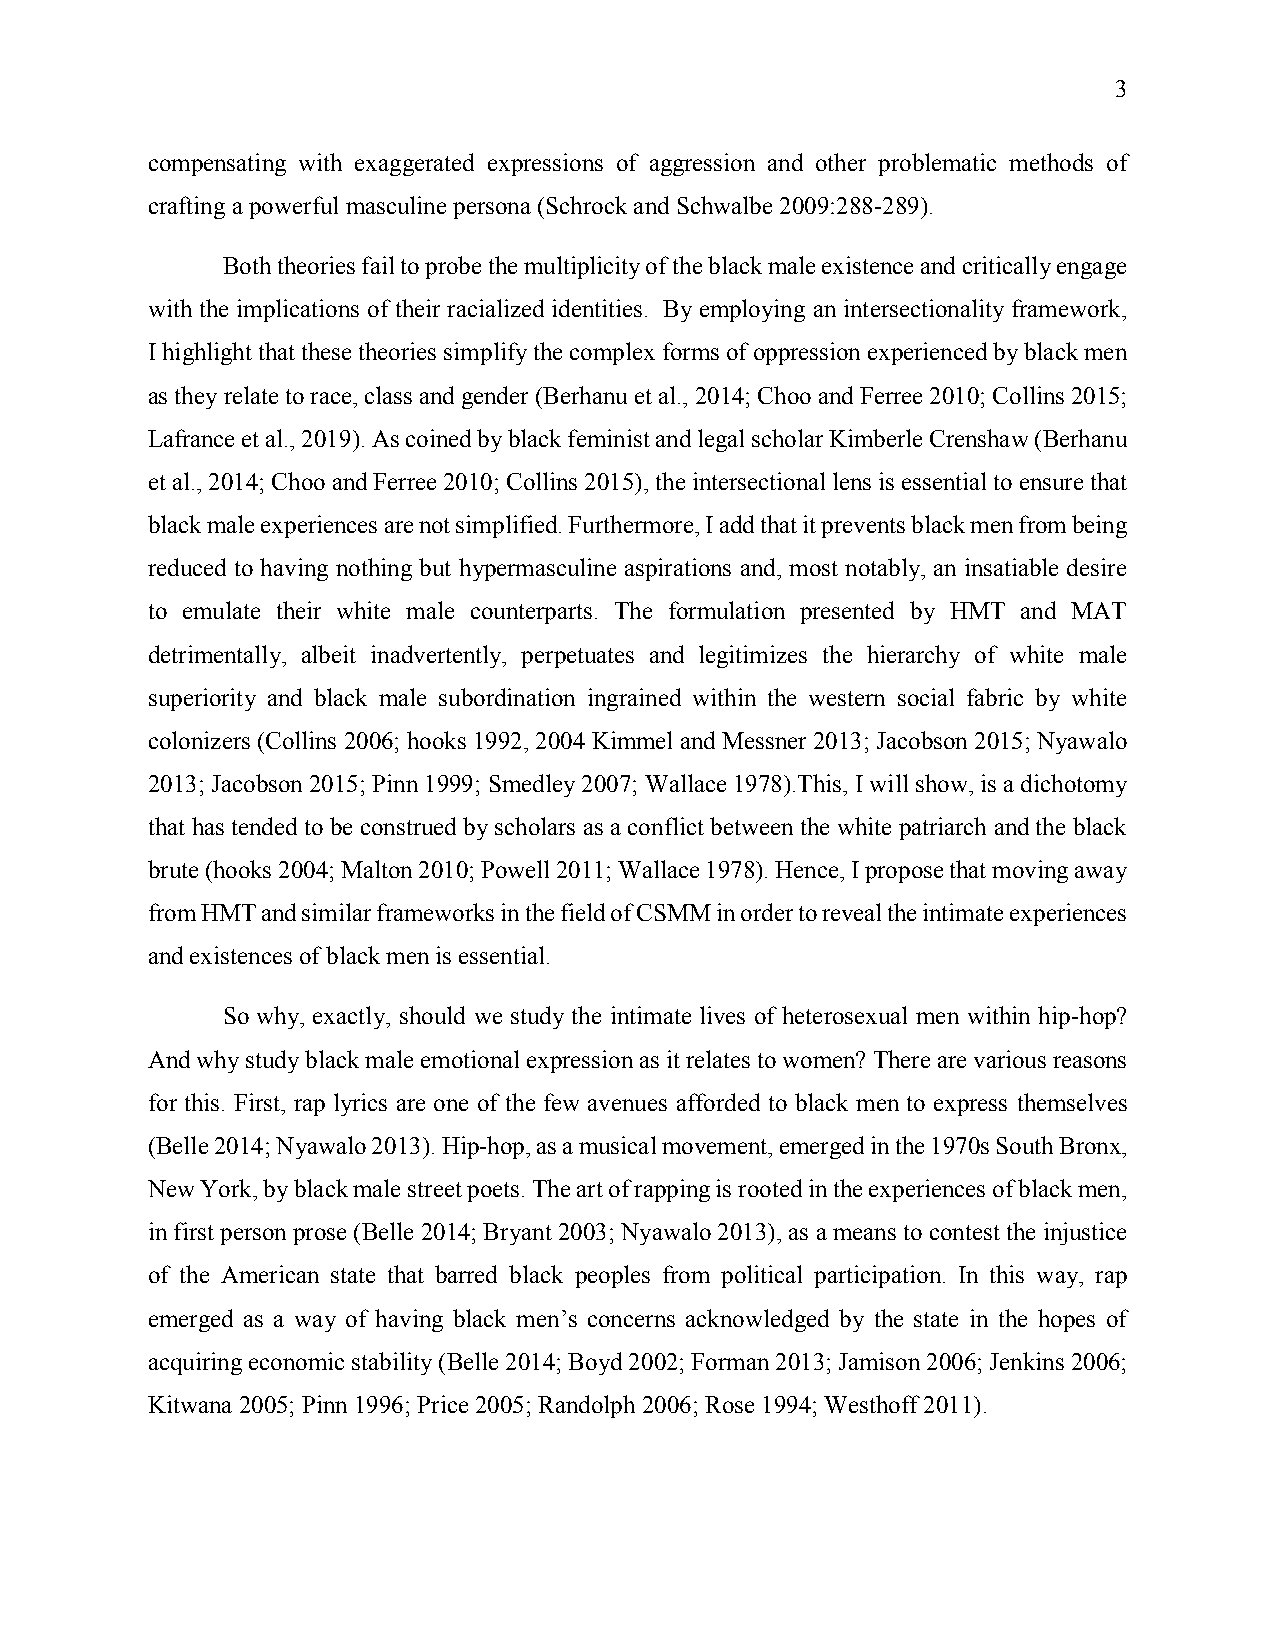
3
 compensating with exaggerated expressions of aggression and other problematic methods of
 crafting a powerful masculine persona (Schrock and Schwalbe 2009:288-289).
 Both theories fail to probe the multiplicity of the black male existence and critically engage
 with the implications of their racialized identities. By employing an intersectionality framework,
 I highlight that these theories simplify the complex forms of oppression experienced by black men
 as they relate to race, class and gender (Berhanu et al., 2014; Choo and Ferree 2010; Collins 2015;
 Lafrance et al., 2019). As coined by black feminist and legal scholar Kimberle Crenshaw (Berhanu
 et al., 2014; Choo and Ferree 2010; Collins 2015), the intersectional lens is essential to ensure that
 black male experiences are not simplified. Furthermore, I add that it prevents black men from being
 reduced to having nothing but hypermasculine aspirations and, most notably, an insatiable desire
 to emulate their white male counterparts. The formulation presented by HMT and MAT
 detrimentally, albeit inadvertently, perpetuates and legitimizes the hierarchy of white male
 superiority and black male subordination ingrained within the western social fabric by white
 colonizers (Collins 2006; hooks 1992, 2004 Kimmel and Messner 2013; Jacobson 2015; Nyawalo
 2013; Jacobson 2015; Pinn 1999; Smedley 2007; Wallace 1978).This, I will show, is a dichotomy
 that has tended to be construed by scholars as a conflict between the white patriarch and the black
 brute (hooks 2004; Malton 2010; Powell 2011; Wallace 1978). Hence, I propose that moving away
 from HMT and similar frameworks in the field of CSMM in order to reveal the intimate experiences
 and existences of black men is essential.
 So why, exactly, should we study the intimate lives of heterosexual men within hip-hop?
 And why study black male emotional expression as it relates to women? There are various reasons
 for this. First, rap lyrics are one of the few avenues afforded to black men to express themselves
 (Belle 2014; Nyawalo 2013). Hip-hop, as a musical movement, emerged in the 1970s South Bronx,
 New York, by black male street poets. The art of rapping is rooted in the experiences of black men,
 in first person prose (Belle 2014; Bryant 2003; Nyawalo 2013), as a means to contest the injustice
 of the American state that barred black peoples from political participation. In this way, rap
 emerged as a way of having black men’s concerns acknowledged by the state in the hopes of
 acquiring economic stability (Belle 2014; Boyd 2002; Forman 2013; Jamison 2006; Jenkins 2006;
 Kitwana 2005; Pinn 1996; Price 2005; Randolph 2006; Rose 1994; Westhoff 2011).